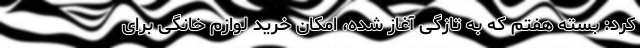
کرد: بسته هفتم که به تازگی آغاز شده، امکان خرید لوازم خانگی برای